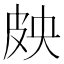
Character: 𱲁